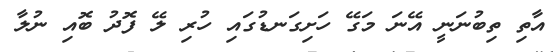
އާތި ތިބުނަނީ އޭނަ މަގޭ ހަށިގަނޑުގައި ހުރި ލޭ ފޮދު ބޮއި ނުލާ